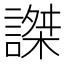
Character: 謋